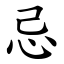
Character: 忌